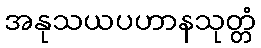
အနုသယပဟာနသုတ္တံ